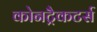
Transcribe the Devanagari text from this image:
कोनट्रैकटर्स